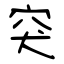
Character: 突